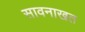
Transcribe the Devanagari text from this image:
सावनाखत